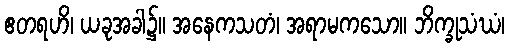
ဧတရဟိ၊ ယခုအခါ၌။ အနေကသတံ၊ အရာမကသော။ ဘိက္ခုသံဃံ၊